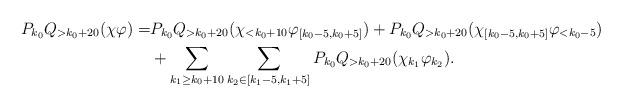
LaTeX: \begin{align*}P_{k_{0}} Q_{>k_{0}+20} (\chi \varphi)= & P_{k_{0}} Q_{> k_{0}+20} (\chi_{< k_{0}+10} \varphi_{[k_{0}-5, k_{0}+5]}) +P_{k_{0}} Q_{>k_{0}+20} (\chi_{[k_{0}-5, k_{0}+5]} \varphi_{< k_{0}-5})\\&+ \sum_{k_{1} \geq k_{0}+10} \sum_{k_{2} \in [k_{1}-5, k_{1}+5]} P_{k_{0}} Q_{> k_{0}+20} (\chi_{k_{1}} \varphi_{k_{2}}).\end{align*}